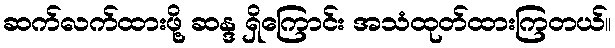
ဆက်လက်ထားဖို့ ဆန္ဒ ရှိကြောင်း အသံထုတ်ထားကြတယ်။